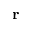
\mathbf { r }